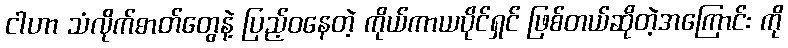
ငါဟာ သံလိုက်ဓာတ်တွေနဲ့ ပြည့်ဝနေတဲ့ ကိုယ်ကာယပိုင်ရှင် ဖြစ်တယ်ဆိုတဲ့အကြောင်း ကို